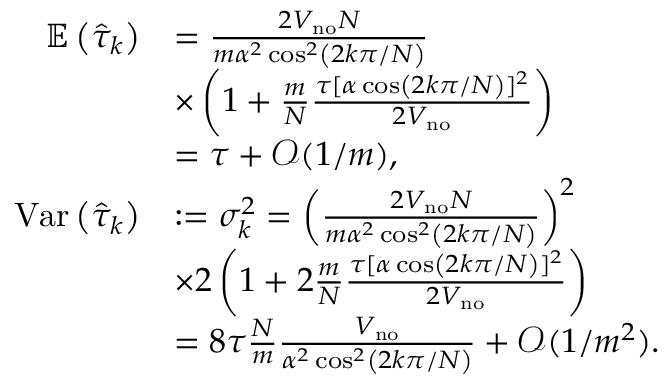
\begin{array} { r l } { \mathbb { E } \left( \hat { \tau } _ { k } \right) } & { = \frac { 2 V _ { \mathrm { n o } } N } { m \alpha ^ { 2 } \cos ^ { 2 } \left( 2 k \pi / N \right) } } \\ & { \times \left( 1 + \frac { m } { N } \frac { \tau \lbrack \alpha \cos \left( 2 k \pi / N \right) ] ^ { 2 } } { 2 V _ { \mathrm { n o } } } \right) } \\ & { = \tau + \mathcal { O } ( 1 / m ) , } \\ { \mathrm { V a r } \left( \hat { \tau } _ { k } \right) } & { : = \sigma _ { k } ^ { 2 } = \left( \frac { 2 V _ { \mathrm { n o } } N } { m \alpha ^ { 2 } \cos ^ { 2 } \left( 2 k \pi / N \right) } \right) ^ { 2 } } \\ & { \times 2 \left( 1 + 2 \frac { m } { N } \frac { \tau \lbrack \alpha \cos \left( 2 k \pi / N \right) ] ^ { 2 } } { 2 V _ { \mathrm { n o } } } \right) } \\ & { = 8 \tau \frac { N } { m } \frac { V _ { \mathrm { n o } } } { \alpha ^ { 2 } \cos ^ { 2 } \left( 2 k \pi / N \right) } + \mathcal { O } ( 1 / m ^ { 2 } ) . } \end{array}